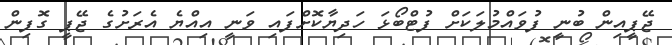
ޖޭޕީއިން ބުނީ ފުވައްމުލަކަށް ފުޓްބޯޅަ ހަދިޔާކޮށްފައި ވަނީ އިއްޔެ އެރަށުގެ ޖޭޕީ ގޮފިން